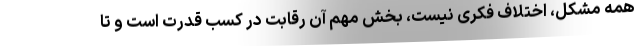
همه مشکل، اختلاف فکری نیست، بخش مهم آن رقابت در کسب قدرت است و تا